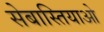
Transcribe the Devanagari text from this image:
सेबास्तियाओ